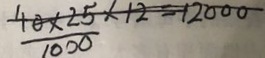
\frac { 4 0 \times 2 5 } { 1 0 0 0 } \times 1 2 = 1 2 0 0 0